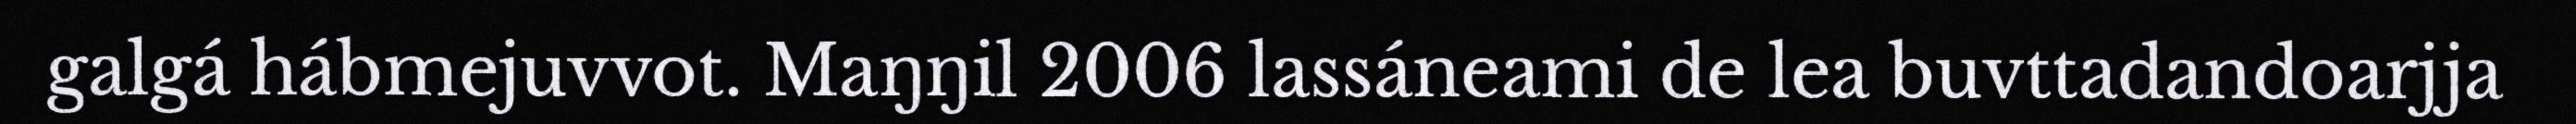
galgá hábmejuvvot. Maŋŋil 2006 lassáneami de lea buvttadandoarjja